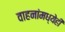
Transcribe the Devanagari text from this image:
वाहनांमध्येही